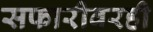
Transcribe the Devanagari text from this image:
सफारीवरही